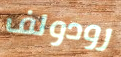
رودولف